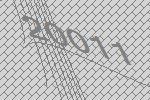
20011